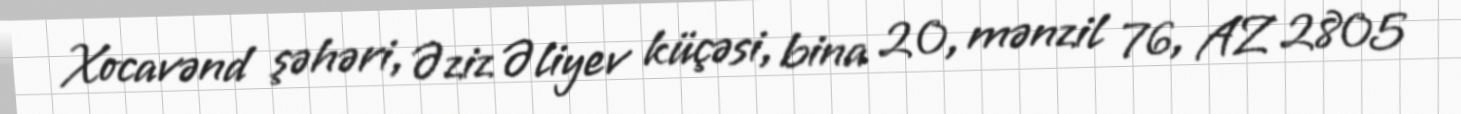
Xocavənd şəhəri, Əziz Əliyev küçəsi, bina 20, mənzil 76, AZ 2805